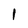
Character: 1